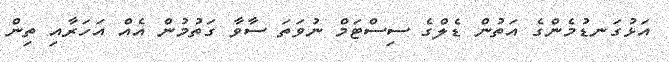
އަޅުގަނޑުމެންގެ އަތުން ޑެލްގެ ސިސްޓަމް ނުވަތަ ސާވާ ގަތުމުން އެއް އަހަރާއި ތިން